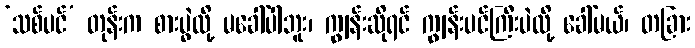
‘သစ်ပင်’ တုန်းက စားပွဲလို့ မခေါ်ပါဘူး၊ ကျွန်းဆိုရင် ကျွန်းပင်ကြီးပဲလို့ ခေါ်မယ်၊ တခြား